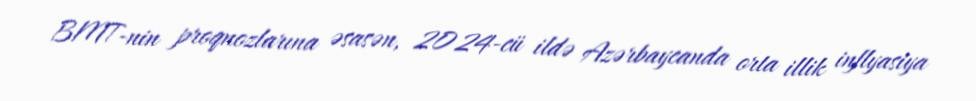
BMT-nin proqnozlarına əsasən, 2024-cü ildə Azərbaycanda orta illik inflyasiya